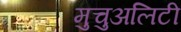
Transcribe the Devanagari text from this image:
मुचुअलिटी